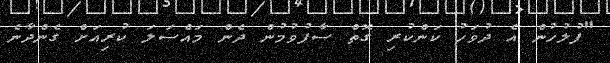
"ފުލުހުން އެ ދުވަހު ކަންކުރި ގޮތް ސާފުވުމުން ދެން މައްސަލަ ކުރިއަށް ގެންދާނެ